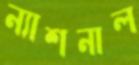
ন্যাশনাল